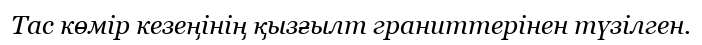
Тас көмір кезеңінің қызғылт граниттерінен түзілген.